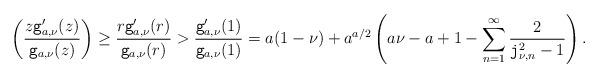
LaTeX: \begin{align*}\real\left(\frac{z\mathtt{g}_{a, \nu}'(z)}{\mathtt{g}_{a, \nu}(z)}\right)\geq \frac{r\mathtt{g}_{a, \nu}'(r)}{\mathtt{g}_{a, \nu}(r)}> \frac{\mathtt{g}_{a, \nu}'(1)}{\mathtt{g}_{a, \nu}(1)}= a (1-\nu)+ a^{a/2}\left(a\nu-a+1-\sum_{n=1}^\infty \frac{ 2 }{\mathtt{j}_{\nu, n}^2-1}\right).\end{align*}